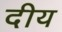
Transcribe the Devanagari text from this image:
दीय